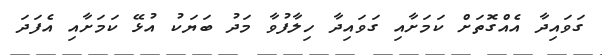
ގަވައިދާ އެއްގޮތަށް ކަމަށާއި ގަވައިދާ ހިލާފުވާ މަދު ބަޔަކު އުޅޭ ކަމަށާއި އެފަދަ